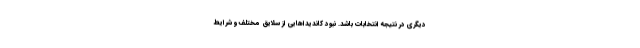
دیگری در نتیجه انتخابات باشد. نبود کاندیداهایی از سلایق مختلف و شرایط